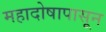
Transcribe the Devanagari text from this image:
महादोषापासून